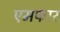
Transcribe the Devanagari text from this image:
एमफार